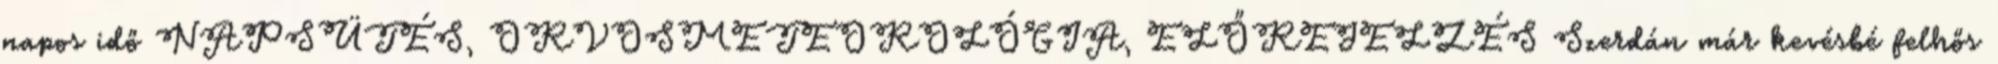
napos idő NAPSÜTÉS, ORVOSMETEOROLÓGIA, ELŐREJELZÉS Szerdán már kevésbé felhős